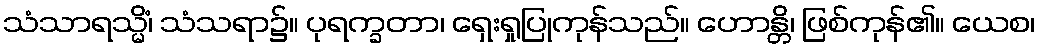
သံသာရသ္မိံ၊ သံသရာ၌။ ပုရက္ခတာ၊ ရှေးရှုပြုကုန်သည်။ ဟောန္တိ၊ ဖြစ်ကုန်၏။ ယေစ၊